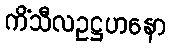
ကိံသီလဥဋ္ဌဟနော